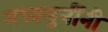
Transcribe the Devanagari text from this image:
मध्वमुनींनी